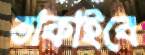
তাকাইবে